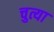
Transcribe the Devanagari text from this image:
चुत्या